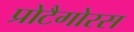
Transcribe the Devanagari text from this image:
प्रोटैगोरस